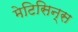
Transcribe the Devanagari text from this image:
मेटिसिन्स